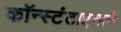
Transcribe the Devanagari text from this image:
कॉन्स्टंटाइनाने